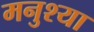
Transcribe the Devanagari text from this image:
मनुश्या